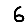
Digit: 6